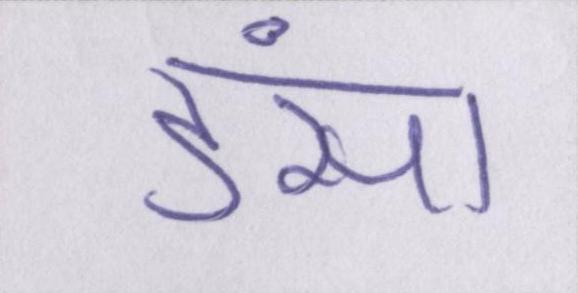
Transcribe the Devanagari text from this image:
डंसा